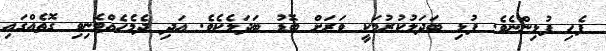
ފެހި ފުޅިންނެވެ. ފުޅި ބަދަލުކުރުމަކީ ވަރަށް ބޮޑު ބަދަލެކެވެ. އަދި ދެމެހެއްޓެނިވި ގޮތެއްގައި